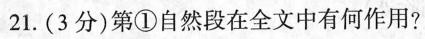
21.（3分）第①自然段在全文中有何作用？